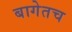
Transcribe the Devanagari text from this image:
बागेतच